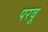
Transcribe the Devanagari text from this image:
परवू